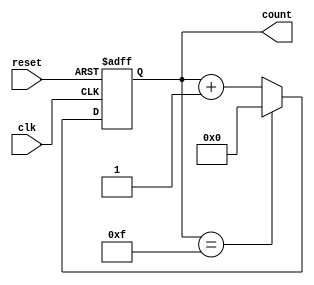
module up_counter_moore #(
    parameter N = 4  // Parameter for the number of bits (default is 4)
)(
    input wire clk,        // Clock input
    input wire reset,      // Asynchronous reset input
    output reg [N-1:0] count // N-bit output for the count
);

    // Always block for state transition and output logic
    always @(posedge clk or posedge reset) begin
        if (reset) begin
            count <= 0; // Reset the count to 0
        end else begin
            // Increment the count, with wrap-around
            count <= (count == (1 << N) - 1) ? 0 : count + 1;
        end
    end

endmodule